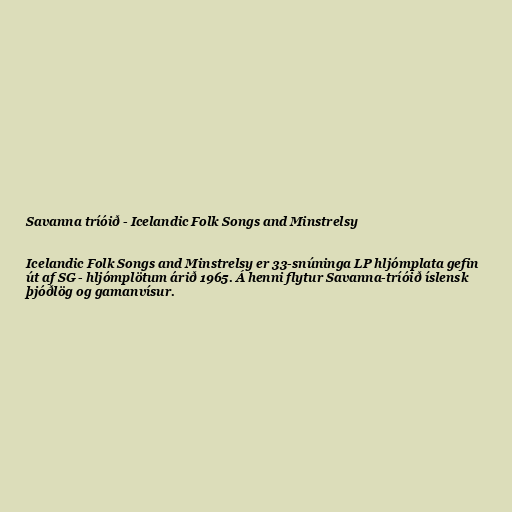
Savanna tríóið - Icelandic Folk Songs and Minstrelsy

Icelandic Folk Songs and Minstrelsy er 33-snúninga LP hljómplata gefin
út af SG - hljómplötum árið 1965. Á henni flytur Savanna-tríóið íslensk
þjóðlög og gamanvísur.